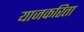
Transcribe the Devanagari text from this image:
याजकरिता